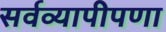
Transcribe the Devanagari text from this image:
सर्वव्यापीपणा